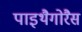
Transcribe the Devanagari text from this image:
पाइथैगोरैस